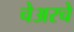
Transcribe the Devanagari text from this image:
चेअरचे